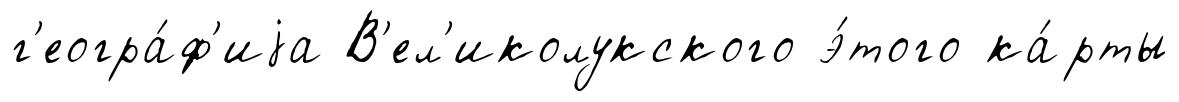
г'еогра́ф'иjа В'ел'иколукского э́того ка́рты